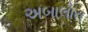
અબાલોન